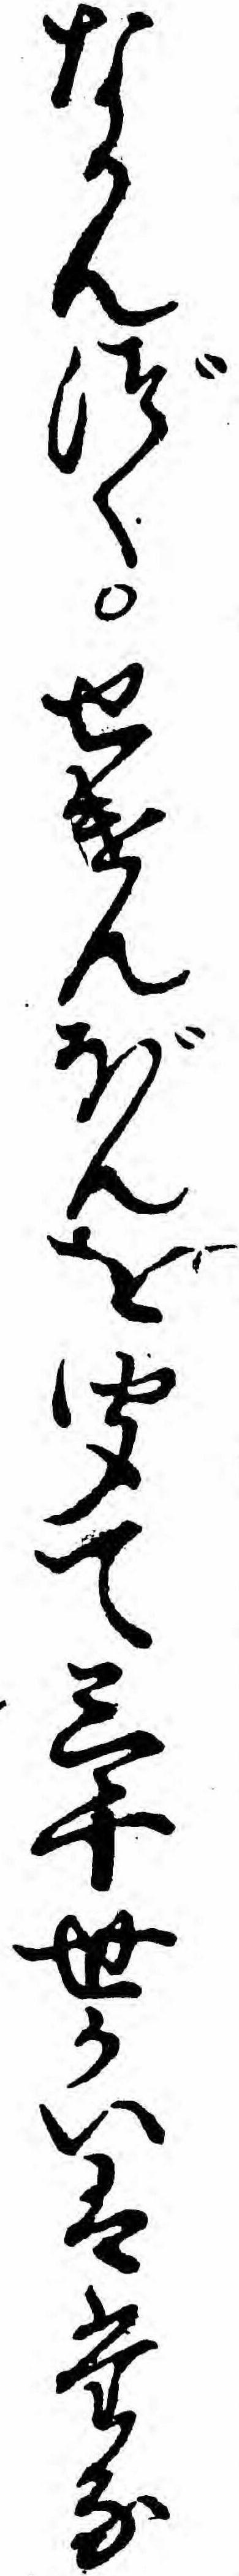
なかんづくせけんぼんを聞て三千世かいはたな